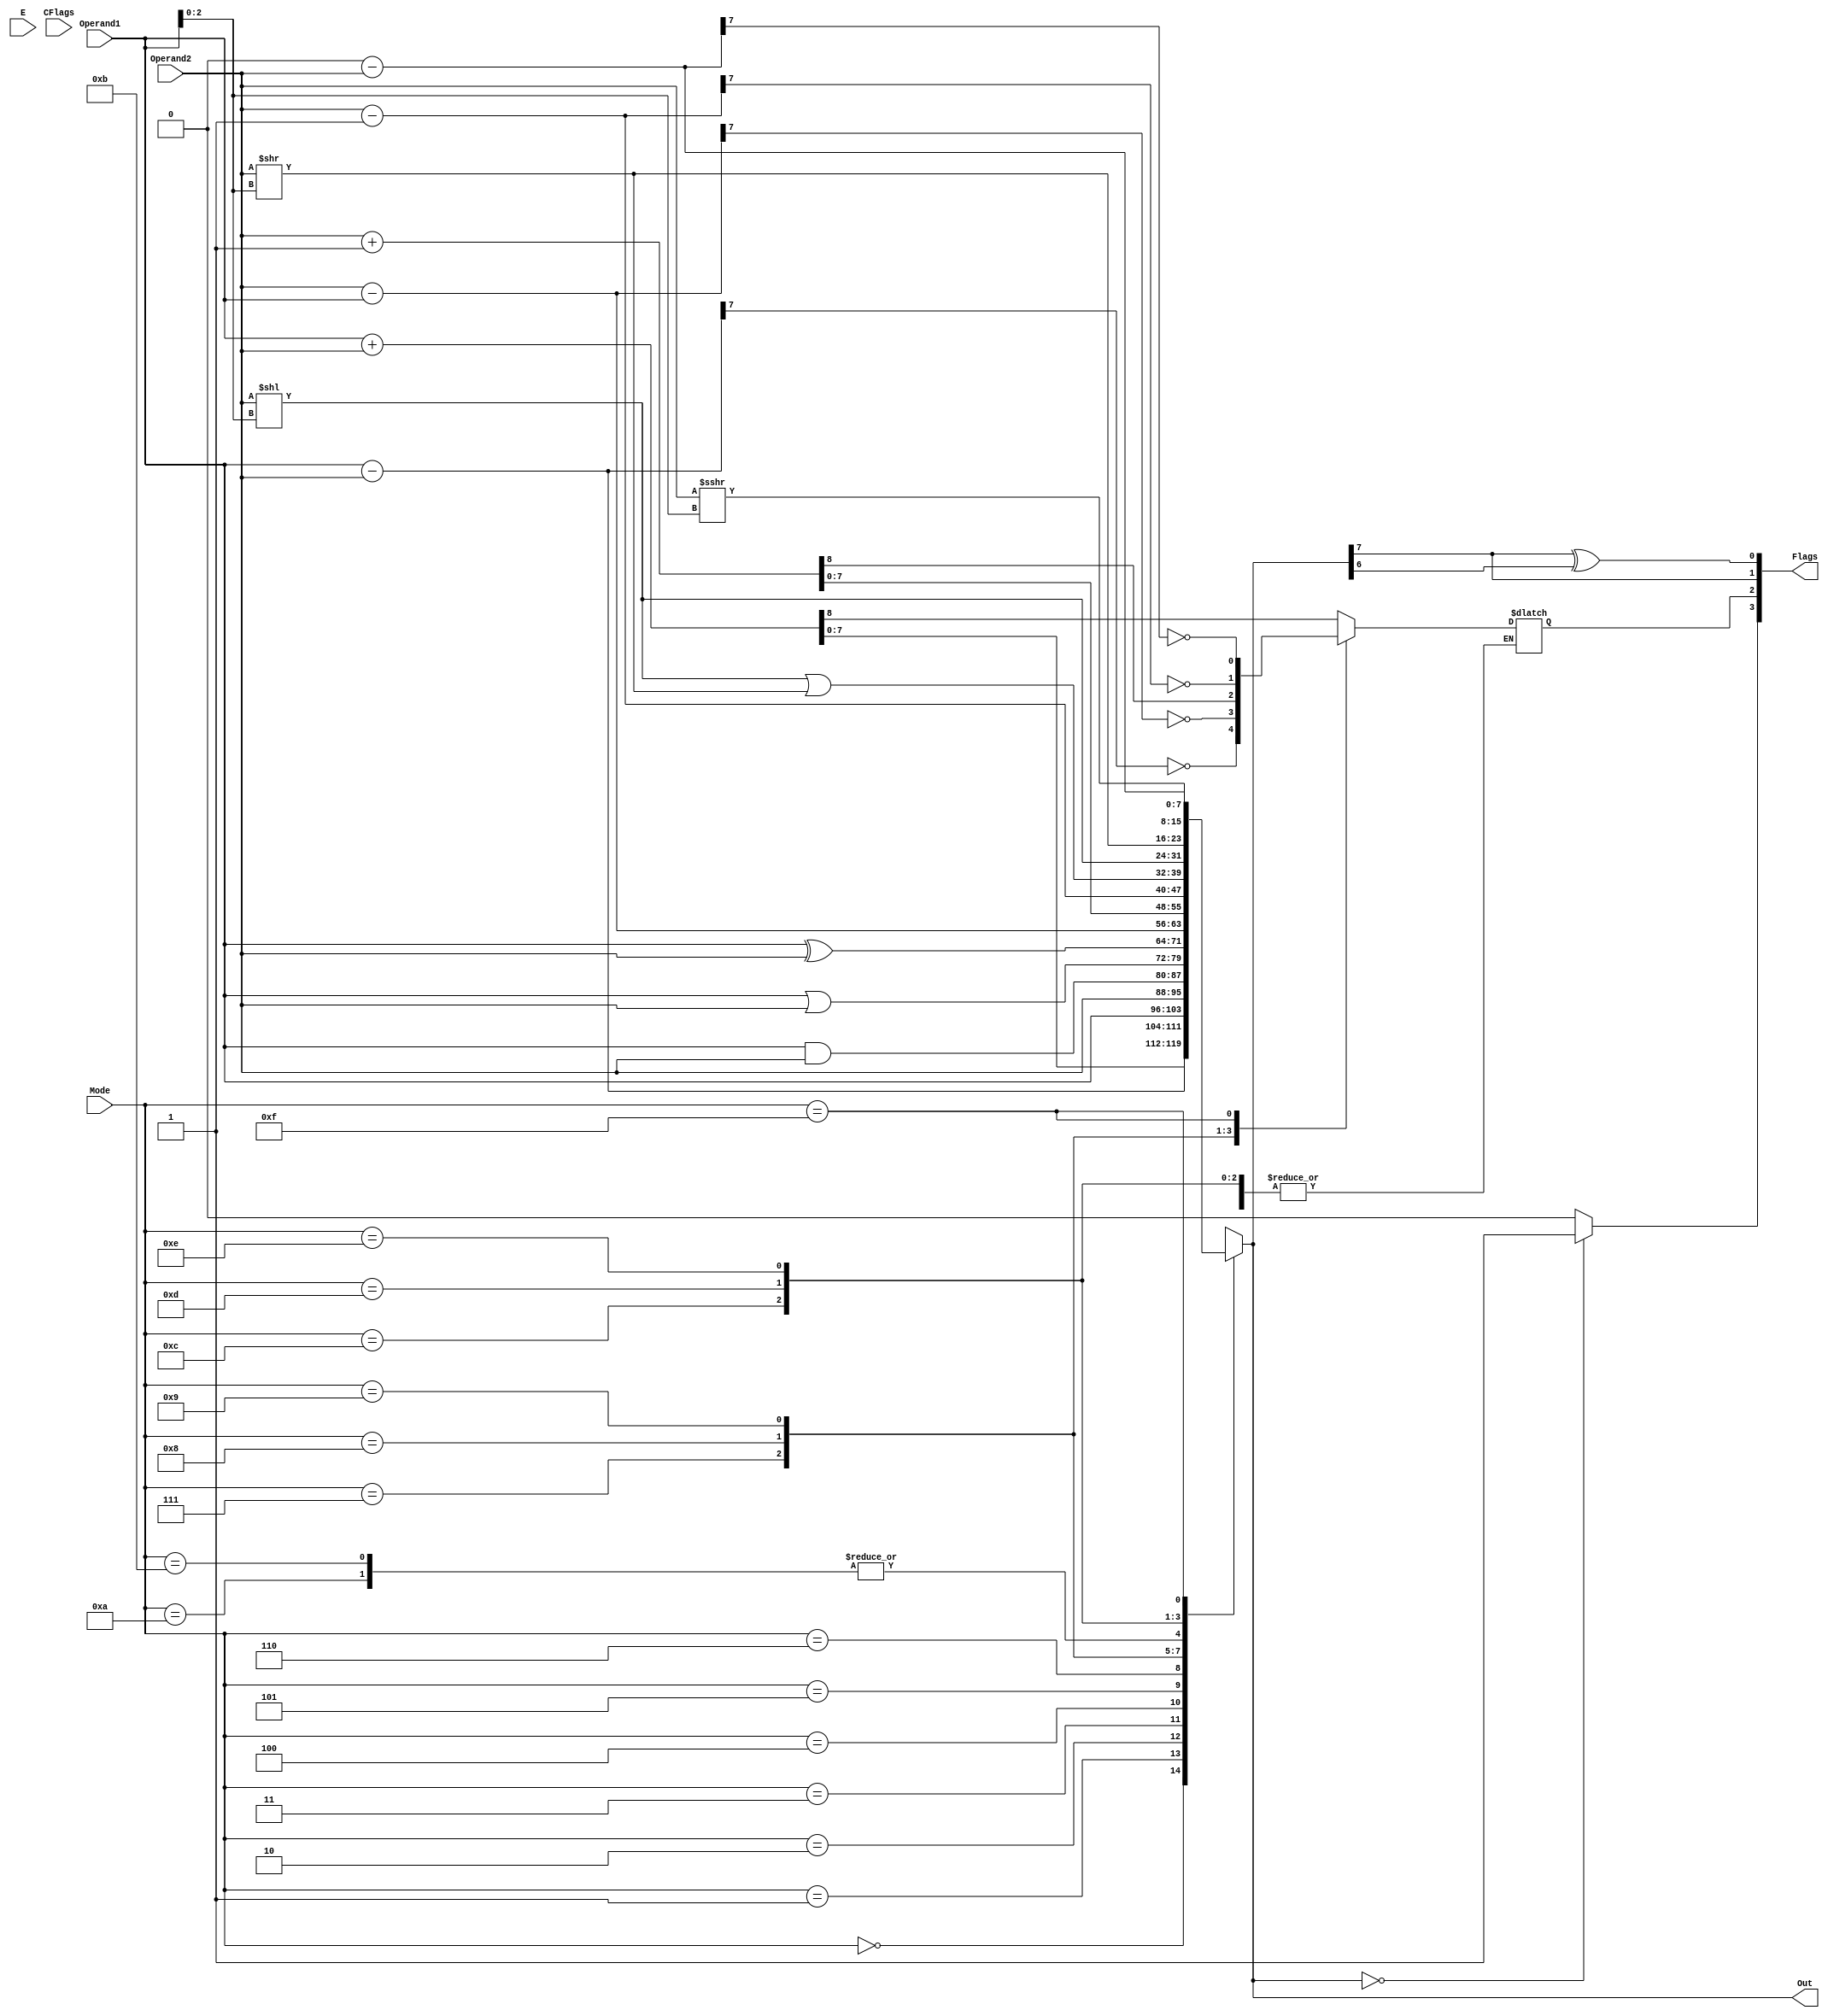
`timescale 1ns / 1ps
//////////////////////////////////////////////////////////////////////////////////
// Company: 
// 
// Design Name: 
// Module Name: ALU
// Project Name: 8 Bit Microcontroller using FPGA
// Target Devices: Xilinx Spartan 6 FPGA Board
// Tool Versions: 
// Description: See the report for detailed description and images related.
// 
// Dependencies: 
// 
// Revision:
// Revision 0.01 - File Created
// Additional Comments:
// 
//////////////////////////////////////////////////////////////////////////////////


module ALU(
input [7:0] Operand1,Operand2,
  input E, 
  input [3:0] Mode,
  input [3:0] CFlags,
  output  [7:0] Out,
  output  [3:0] Flags 
// the Z (zero), C (carry), S (sign),O (overflow) bits, from MSB to LSB, connected to status register 
   );
  wire Z,S,O;
  reg CarryOut;
  reg [7:0] Out_ALU;
  always @(*)
  begin
  case(Mode) 
  4'b0000: {CarryOut,Out_ALU} = Operand1 + Operand2;
  4'b0001: begin Out_ALU = Operand1 -  Operand2;
  CarryOut = !Out_ALU[7];
  end
  4'b0010: Out_ALU = Operand1;
  4'b0011: Out_ALU = Operand2;
  4'b0100: Out_ALU = Operand1 & Operand2;
  4'b0101: Out_ALU = Operand1 | Operand2;
  4'b0110: Out_ALU = Operand1 ^ Operand2;
  4'b0111: begin
  Out_ALU = Operand2 - Operand1;
  CarryOut = !Out_ALU[7];
  end
  4'b1000: {CarryOut,Out_ALU} = Operand2 + 8'h1;
  4'b1001: begin
  Out_ALU = Operand2 - 8'h1;
  CarryOut = !Out_ALU[7];
  end 
  4'b1010: Out_ALU = (Operand2 << Operand1[2:0])| ( Operand2 >> Operand1[2:0]);
  4'b1011: Out_ALU = (Operand2 >> Operand1[2:0])| ( Operand2 << Operand1[2:0]);
  4'b1100: Out_ALU = Operand2 << Operand1[2:0];
  4'b1101: Out_ALU = Operand2 >> Operand1[2:0];
  4'b1110: Out_ALU = Operand2 >>> Operand1[2:0];
  4'b1111: begin
 Out_ALU = 8'h0 - Operand2;
 CarryOut = !Out_ALU[7];
 end
 default: Out_ALU = Operand2;
 endcase
 end
 assign O = Out_ALU[7] ^ Out_ALU[6];
 assign Z = (Out_ALU == 0)? 1'b1 : 1'b0;
 assign S = Out_ALU[7];
 assign Flags = {Z,CarryOut,S,O};
 assign Out = Out_ALU;
endmodule